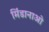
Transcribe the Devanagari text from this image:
मिंडानाओ